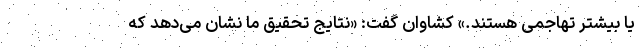
یا بیشتر تهاجمی هستند.» کشاوان گفت: «نتایج تحقیق ما نشان می‌دهد که